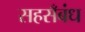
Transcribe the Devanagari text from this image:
सहसँबंध